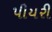
પીયરી